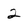
Character: 2